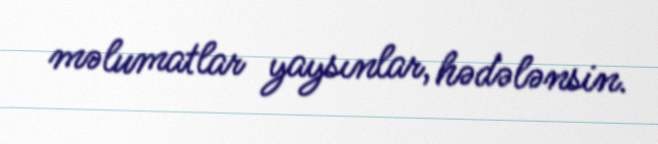
məlumatlar yaysınlar, hədələnsin.